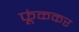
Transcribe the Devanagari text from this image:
फूंककर